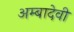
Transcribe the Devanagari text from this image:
अम्बादेवी